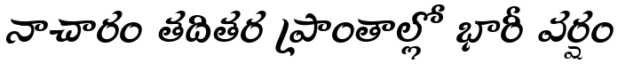
నాచారం తదితర ప్రాంతాల్లో భారీ వర్షం